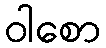
ဝါစော